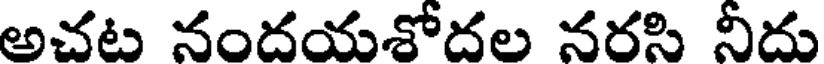
అచట నందయశోదల నరసి నీదు